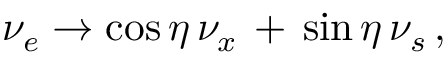
\nu _ { e } \to \cos \eta \, \nu _ { x } \, + \, \sin \eta \, \nu _ { s } \, ,